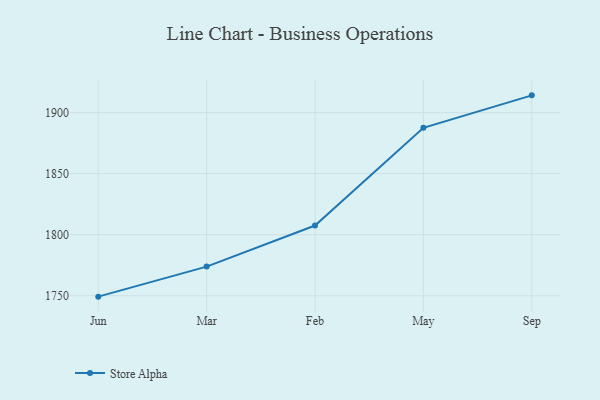
{"axis": {"x": "Month", "y": "Latency (ms)"}, "legend": ["Store Alpha"], "data": [{"x": "Jun", "y": 1749.3, "type": "Store Alpha"}, {"x": "Mar", "y": 1773.9, "type": "Store Alpha"}, {"x": "Feb", "y": 1807.5, "type": "Store Alpha"}, {"x": "May", "y": 1887.5, "type": "Store Alpha"}, {"x": "Sep", "y": 1914.1, "type": "Store Alpha"}]}